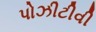
પોઝીટીવી